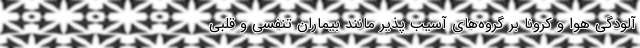
آلودگی هوا و کرونا بر گروه‌های آسیب پذیر مانند بیماران تنفسی و قلبی